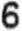
6